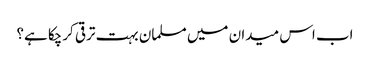
اب اس میدان میں مسلمان بہت ترقی کرچکا ہے؟